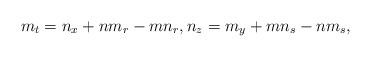
LaTeX: \begin{align*}m_{t}=n_{x}+nm_{r}-mn_{r},n_{z}=m_{y}+m n_{s}-n m_{s},\end{align*}